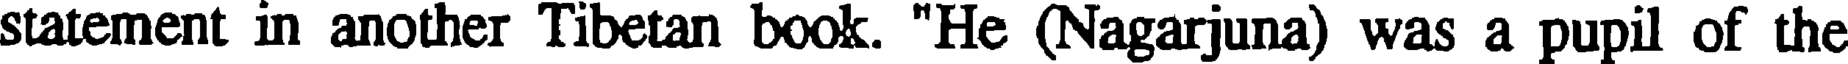
statement in another Tibetan book. "He (Nagarjuna) was a pupil of the